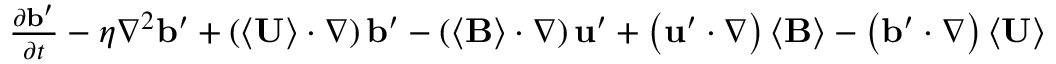
\begin{array} { r l } { \frac { \partial \mathbf { b } ^ { \prime } } { \partial t } - \eta \nabla ^ { 2 } \mathbf { b } ^ { \prime } + \left( \left\langle \mathbf { U } \right\rangle \cdot \nabla \right) \mathbf { b } ^ { \prime } - \left( \left\langle \mathbf { B } \right\rangle \cdot \nabla \right) \mathbf { u } ^ { \prime } + \left( \mathbf { u } ^ { \prime } \cdot \nabla \right) \left\langle \mathbf { B } \right\rangle - \left( \mathbf { b } ^ { \prime } \cdot \nabla \right) \left\langle \mathbf { U } \right\rangle } \end{array}